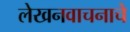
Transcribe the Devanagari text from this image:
लेखनवाचनाचे